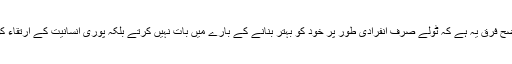
ٹولے اوراصلاحِ ذات کی کتابوں کے دوسرے مصنؔفوں میں ایک واضح فرق یہ ہے کہ ٹولے صرف انفرادی طور پر خود کو بہتر بنانے کے بارے میں بات نہیں کرتے بلکہ پوری انسانیت کے ارتقاء کو اگلے درجے ‘شعور’ پر جانے کے حق میں دلائل پیش کرتے ہیں۔